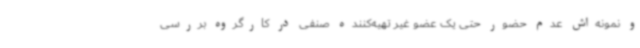
و نمونه‌اش عدم حضور حتی یک عضو غیر تهیه‌کننده صنفی در کارگروه بررسی